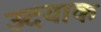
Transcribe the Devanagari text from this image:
उदयाक